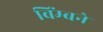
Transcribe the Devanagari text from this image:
बिंम्बने